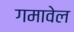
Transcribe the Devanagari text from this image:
गमावेल